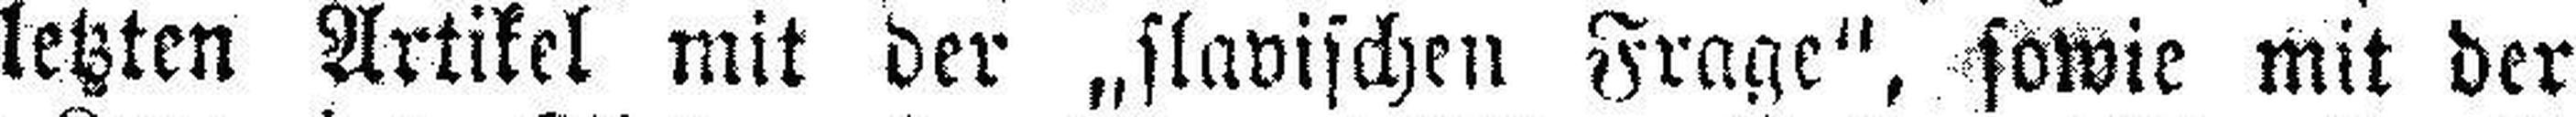
letzten Artikel mit der „slavischen Frage“, sowie mit der